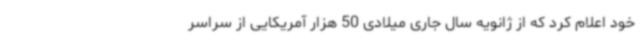
خود اعلام کرد که از ژانویه سال جاری میلادی 50 هزار آمریکایی از سراسر